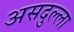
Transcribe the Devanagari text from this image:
असदुल्ला